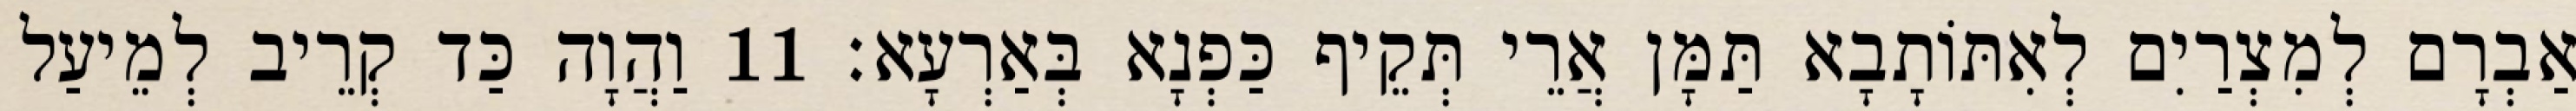
אַבְרָם לְמִצְרַיִם לְאִתּוֹתָבָא תַּמָּן אֲרֵי תְּקֵיף כַּפְנָא בְּאַרְעָא׃ 11 וַהֲוָה כַּד קְרֵיב לְמֵיעַל